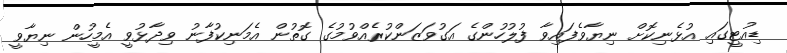
ޑިއުޓީގައި އުޅެނިކޮށް ނިޔާވެފައިވާ ފުލުހުންގެ އަގުވަޒަންކުރެއްވުމުގެ ގޮތުން އެމަނިކުފާނު ވިދާޅުވީ އެމީހުން ނިޔާވީ